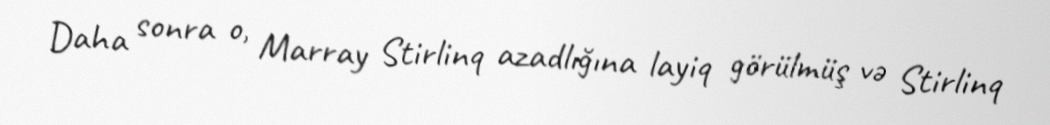
Daha sonra o, Marray Stirlinq azadlığına layiq görülmüş və Stirlinq